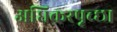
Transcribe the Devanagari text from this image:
अधिकरपृच्छा